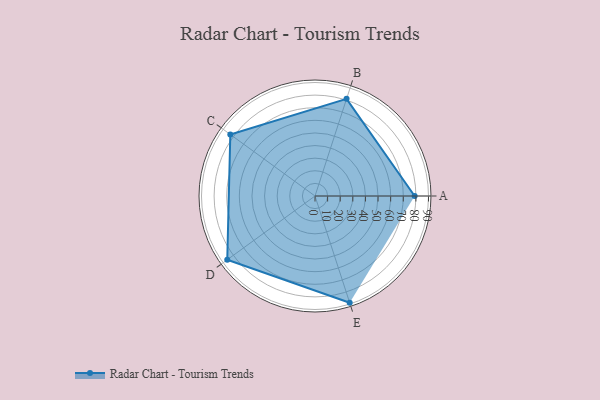
{"axis": {"x": "Skill", "y": "Score"}, "legend": ["Profile"], "data": [{"x": "A", "y": 79.0, "type": "Profile"}, {"x": "B", "y": 81.0, "type": "Profile"}, {"x": "C", "y": 83.0, "type": "Profile"}, {"x": "D", "y": 86.0, "type": "Profile"}, {"x": "E", "y": 89.0, "type": "Profile"}]}